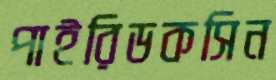
পাইরিডকসিন